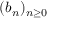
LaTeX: \textstyle ( b _ { n } ) _ { n \geq 0 }